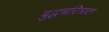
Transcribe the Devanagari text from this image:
बुद्धचरित्रात